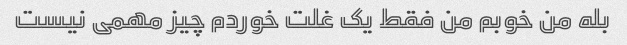
بله من خوبم من فقط یک غلت خوردم چیز مهمی نیست